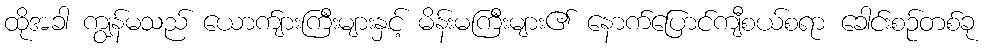
ထိုအခါ ကျွန်မသည် ယောက်ျားကြီးများနှင့် မိန်းမကြီးများ၏ နောက်ပြောင်ကျီစယ်စရာ ခေါင်းစဉ်တစ်ခု